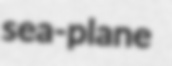
sea-plane